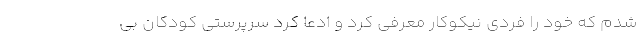
شدم که خود را فردی نیکوکار معرفی کرد و ادعا کرد سرپرستی کودکان بی